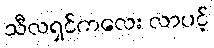
သီလရှင်ကလေး လာပင့်